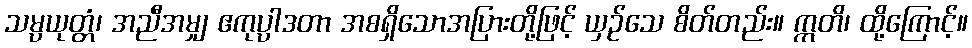
သမ္ပယုတ္တံ၊ အညီအမျှ ဧကုပ္ပါဒတာ အစရှိသောအပြားတို့ဖြင့် ယှဉ်သေ စိတ်တည်း။ ဣတိ၊ ထို့ကြောင့်။